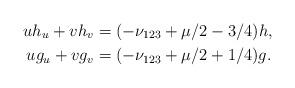
LaTeX: \begin{align*}uh_u+vh_v&=(-\nu_{123}+\mu/2-3/4)h,\\ug_u+vg_v&=(-\nu_{123}+\mu/2+1/4)g.\end{align*}